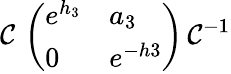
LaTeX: {\cal C}\, \left(\begin{array}{ll}{{e^{h_{3}}}}&{{a_{3}}}\\ {{0}}&{{e^{-h3}}}\end{array}\right)\, {\cal C}^{-1}